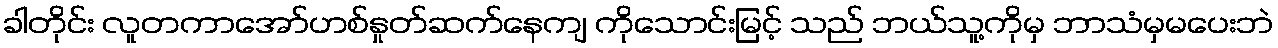
ခါတိုင်း လူတကာအော်ဟစ်နှုတ်ဆက်နေကျ ကိုသောင်းမြင့် သည် ဘယ်သူ့ကိုမှ ဘာသံမှမပေးဘဲ